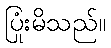
ပြုံးမိသည်။